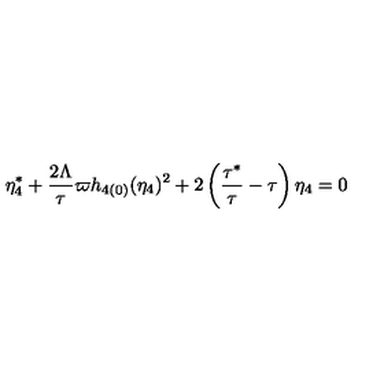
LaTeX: \eta _ { 4 } ^ { \ast } + \frac { 2 \Lambda } { \tau } \varpi h _ { 4 ( 0 ) } ( \eta _ { 4 } ) ^ { 2 } + 2 \left( \frac { \tau ^ { \ast } } { \tau } - \tau \right) \eta _ { 4 } = 0